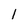
Character: 1